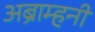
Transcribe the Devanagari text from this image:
अब्राम्हनी